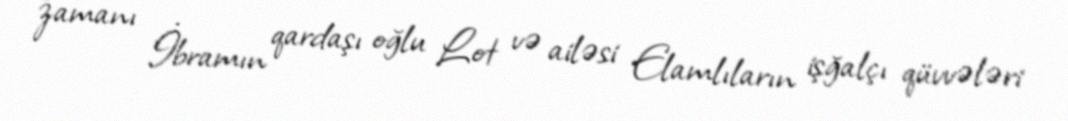
zamanı İbramın qardaşı oğlu Lot və ailəsi Elamlıların işğalçı qüvvələri